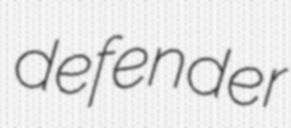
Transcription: defender